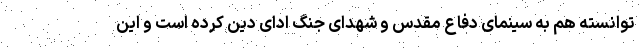
توانسته هم به سینمای دفاع مقدس و شهدای جنگ ادای دین کرده است و این